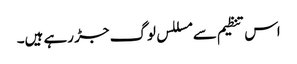
اس تنظیم سے مسللس لوگ جڑ رہے ہیں۔